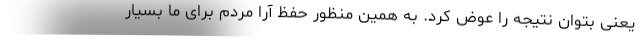
یعنی بتوان نتیجه را عوض کرد. به همین منظور حفظ آرا مردم برای ما بسیار